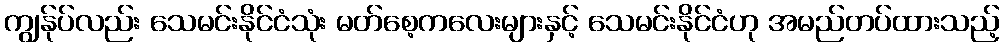
ကျွန်ုပ်လည်း သေမင်းနိုင်ငံသုံး မတ်စေ့ကလေးများနှင့် သေမင်းနိုင်ငံဟု အမည်တပ်ထားသည့်